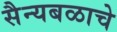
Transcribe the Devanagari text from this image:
सैन्यबळाचे